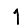
Digit: 1